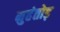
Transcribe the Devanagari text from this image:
मुहंतोड़